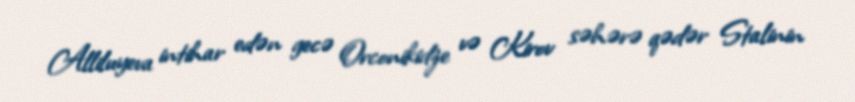
Alliluyeva intihar edən gecə Orconikidze və Kirov səhərə qədər Stalinin